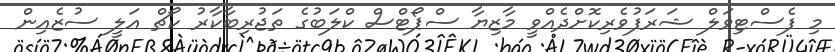
މި ފެސްޓިވަލް ޝަރަފުވެރިކޮށްދެއްވީ މާޒިޔާ ސްޕޯޓްސް ކްލަބުގެ ތަޖުރިބާކާރު ކޯޗް އަލީ ސުޒެއިން